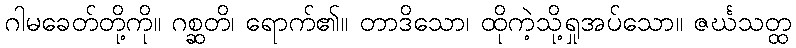
ဂါမခေတ်တို့ကို။ ဂစ္ဆတိ၊ ရောက်၏။ တာဒိသော၊ ထိုကဲ့သို့ရှုအပ်သော။ ဇင်္ဃသတ္ထ